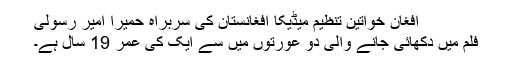
افغان خواتين تنظيم ميڈيکا افغانستان کی سربراہ حميرا امير رسولی
فلم ميں دکھائی جانے والی دو عورتوں ميں سے ايک کی عمر 19 سال ہے۔